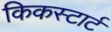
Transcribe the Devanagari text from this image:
किकस्टार्ट